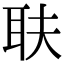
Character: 𦔾